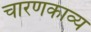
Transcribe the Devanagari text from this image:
चारणकाव्य